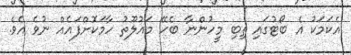
އެކަމަކު އެ ބޯޓުގައި ތިބި މީހުންނާ ބެހޭ މައުލޫތު ހާމަކޮށްފައެއް ނުވެ އެވެ.